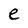
Character: e